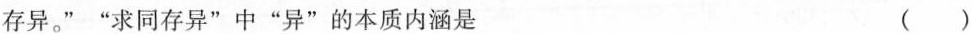
存异。””求同存异”中”异”的本质内涵是 ( )